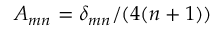
A _ { m n } = \delta _ { m n } / ( 4 ( n + 1 ) )